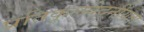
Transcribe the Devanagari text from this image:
प्रतिकूलवेदनीयता